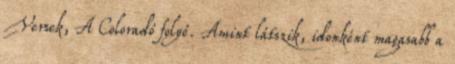
Versek, A Coloradó folyó. Amint látszik, idonként magasabb a